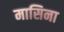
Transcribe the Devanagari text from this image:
मासिना